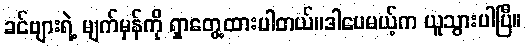
ခင်ဗျားရဲ့ မျက်မှန်ကို ရှာတွေ့ထားပါတယ်။ဒါပေမယ့်က ယူသွားပါပြီ။